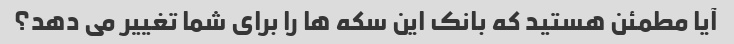
آیا مطمئن هستید که بانک این سکه ها را برای شما تغییر می دهد؟